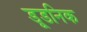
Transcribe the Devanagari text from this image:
डूडनिक